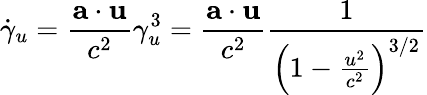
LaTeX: {\dot{\gamma}}_{u}={\frac{\mathbf{a\cdot u}}{c^{2}}}\gamma_{u}^{3}={\frac{\mathbf{a\cdot u}}{c^{2}}}{\frac{1}{\left(1-{\frac{u^{2}}{c^{2}}}\right)^{3/2}}}